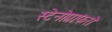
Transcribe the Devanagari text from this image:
स्टेनोग्राफरो